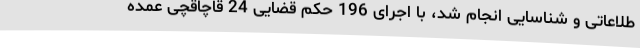
طلاعاتی و شناسایی انجام شد، با اجرای 196 حکم قضایی 24 قاچاقچی عمده